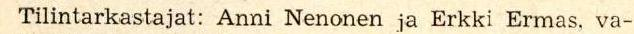
 Tilintarkastajat: Anni Nenonen ja Erkki Ermas, va-